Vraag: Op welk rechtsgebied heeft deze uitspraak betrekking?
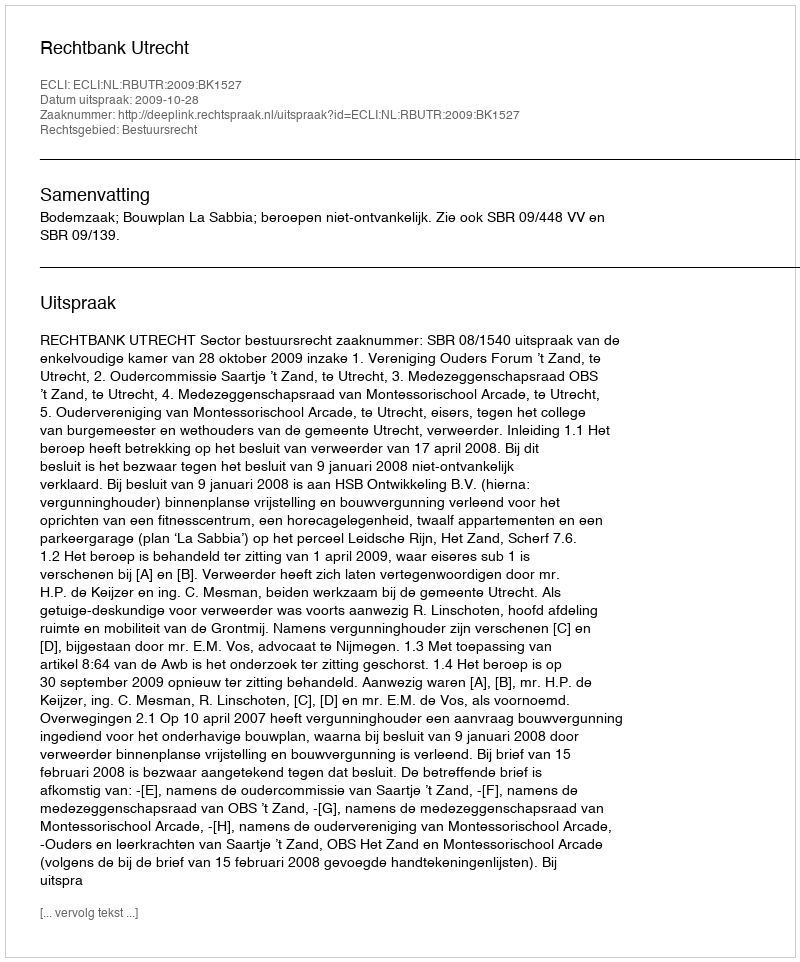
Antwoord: Bestuursrecht